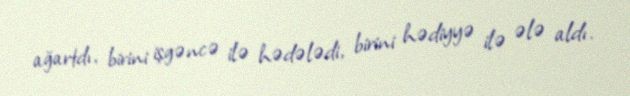
ağartdı, birini işgəncə ilə hədələdi, birini hədiyyə ilə ələ aldı.